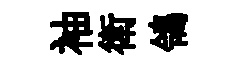
袖衛鴒